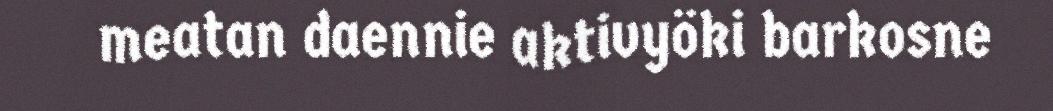
meatan daennie aktivyöki barkosne